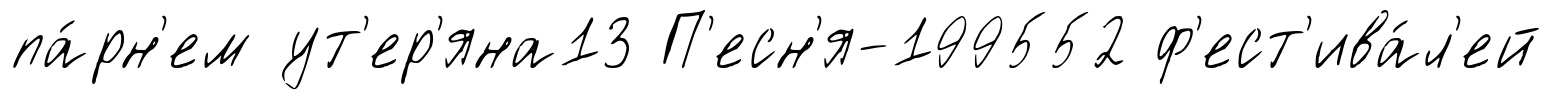
па́рн'ем ут'ер'яна13 П'есн'я-199552 ф'ест'ива́л'ей